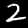
Digit: 2